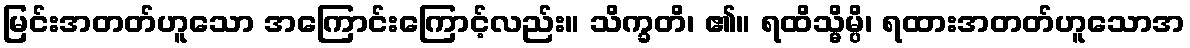
မြင်းအတတ်ဟူသော အကြောင်းကြောင့်လည်း။ သိက္ခတိ၊ ၏။ ရထိသ္မိမ္ပိ၊ ရထားအတတ်ဟူသောအ